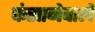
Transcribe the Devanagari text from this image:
फंसानेवाले